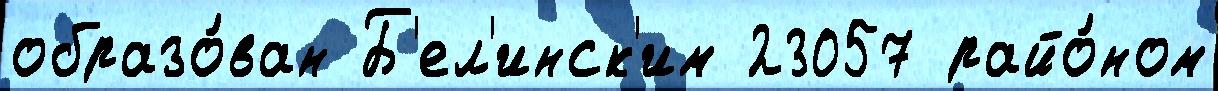
образо́ван Б'ел'инск'им 23057 райо́ном